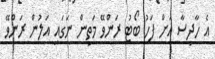
އެ ހާދިސާ އަށް ފަހު ބޯޓު ރަންވޭ މަތިން ނަގައި އަލުން ރަންވޭ